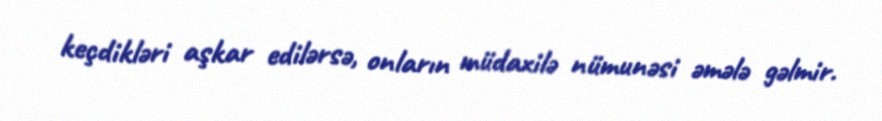
keçdikləri aşkar edilərsə, onların müdaxilə nümunəsi əmələ gəlmir.